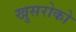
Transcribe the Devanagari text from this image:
खुसरोको